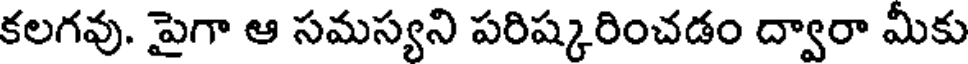
కలగవు. పైగా ఆ సమస్యని పరిష్కరించడం ద్వారా మీకు